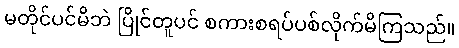
မတိုင်ပင်မိဘဲ ပြိုင်တူပင် စကားစရပ်ပစ်လိုက်မိကြသည်။